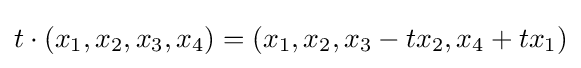
t\cdot (x_{1},x_{2},x_{3},x_{4})=(x_{1},x_{2},x_{3}-tx_{2},x_{4}+tx_{1})